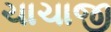
ચાચાજી